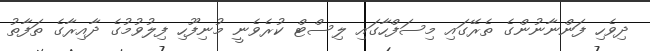
ދިވެހި ފަންނާނުންގެ ތެރޭގައި މިސަފްހާގައި ލިސްޓް ކުރެވެނީ މުނިފޫހި ފިލުވުމުގެ ދާއިރާގެ ތަފާތު